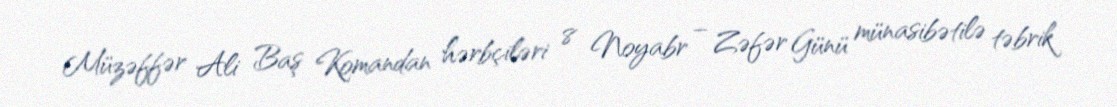
Müzəffər Ali Baş Komandan hərbçiləri 8 Noyabr – Zəfər Günü münasibətilə təbrik